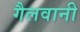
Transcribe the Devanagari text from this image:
गैलवानी